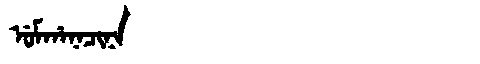
Manchu: ᡠᠮᡥᠠᠨᠠᠴᡳᠨᠠ
Romanization: UMHANACINA